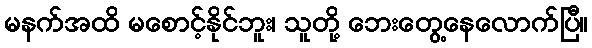
မနက်အထိ မစောင့်နိုင်ဘူး၊ သူတို့ ဘေးတွေ့နေလောက်ပြီ။